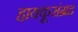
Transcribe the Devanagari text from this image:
हायकूसंग्रह